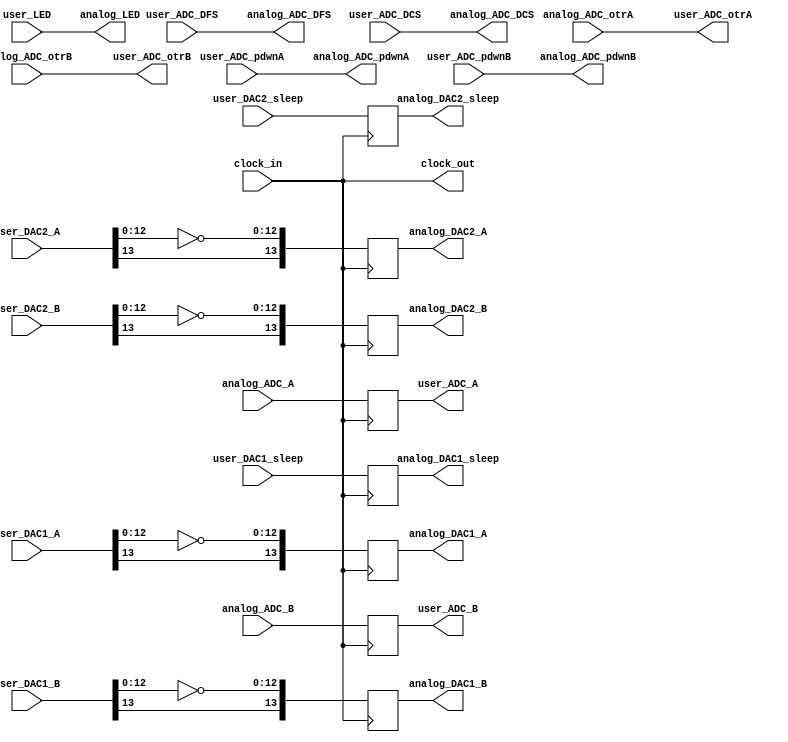
module analog_bridge
(
	clock_in,
	clock_out,
	user_DAC1_A,
	user_DAC1_B,
	user_DAC2_A,
	user_DAC2_B,
	user_DAC1_sleep,
	user_DAC2_sleep,
	user_ADC_A,
	user_ADC_B,
	user_ADC_DFS,
	user_ADC_DCS,
	user_ADC_pdwnA,
	user_ADC_pdwnB,
	user_ADC_otrA,
	user_ADC_otrB,
	user_LED,
	analog_DAC1_A,
	analog_DAC1_B,
	analog_DAC2_A,
	analog_DAC2_B,
	analog_DAC1_sleep,
	analog_DAC2_sleep,
	analog_ADC_A,
	analog_ADC_B,
	analog_ADC_DFS,
	analog_ADC_DCS,
	analog_ADC_pdwnA,
	analog_ADC_pdwnB,
	analog_ADC_otrA,
	analog_ADC_otrB,
	analog_LED
);
input	clock_in;
output	clock_out;
input [0:13] user_DAC1_A;
input [0:13] user_DAC1_B;
input [0:13] user_DAC2_A;
input [0:13] user_DAC2_B;
input user_DAC1_sleep;
input user_DAC2_sleep;
output [0:13] user_ADC_A;
output [0:13] user_ADC_B;
reg [0:13] user_ADC_A;
reg [0:13] user_ADC_B;
input user_ADC_DFS;
input user_ADC_DCS;
input user_ADC_pdwnA;
input user_ADC_pdwnB;
output user_ADC_otrA;
output user_ADC_otrB;
input [0:2] user_LED;
output [0:13] analog_DAC1_A;
output [0:13] analog_DAC1_B;
output [0:13] analog_DAC2_A;
output [0:13] analog_DAC2_B;
reg [0:13] analog_DAC1_A;
reg [0:13] analog_DAC1_B;
reg [0:13] analog_DAC2_A;
reg [0:13] analog_DAC2_B;
output analog_DAC1_sleep;
output analog_DAC2_sleep;
reg analog_DAC1_sleep;
reg analog_DAC2_sleep;
input [0:13] analog_ADC_A;
input [0:13] analog_ADC_B;
output analog_ADC_DFS;
output analog_ADC_DCS;
output analog_ADC_pdwnA;
output analog_ADC_pdwnB;
input analog_ADC_otrA;
input analog_ADC_otrB;
output [0:2] analog_LED;
wire [0:13] temp_analog_DAC1_A;
wire [0:13] temp_analog_DAC1_B;
wire [0:13] temp_analog_DAC2_A;
wire [0:13] temp_analog_DAC2_B;
assign clock_out = clock_in;
assign temp_analog_DAC1_A = user_DAC1_A[0:13];
assign temp_analog_DAC1_B = user_DAC1_B[0:13];
assign temp_analog_DAC2_A = user_DAC2_A[0:13];
assign temp_analog_DAC2_B = user_DAC2_B[0:13];
assign analog_ADC_DFS = user_ADC_DFS;
assign analog_ADC_DCS = user_ADC_DCS;
assign analog_ADC_pdwnA = user_ADC_pdwnA;
assign analog_ADC_pdwnB = user_ADC_pdwnB;
assign user_ADC_otrA = analog_ADC_otrA;
assign user_ADC_otrB = analog_ADC_otrB;
assign analog_LED = user_LED;
always @(posedge clock_in)
begin
	analog_DAC1_A <= {temp_analog_DAC1_A[0], ~temp_analog_DAC1_A[1:13]};
	analog_DAC1_B <= {temp_analog_DAC1_B[0], ~temp_analog_DAC1_B[1:13]};
	analog_DAC2_A <= {temp_analog_DAC2_A[0], ~temp_analog_DAC2_A[1:13]};
	analog_DAC2_B <= {temp_analog_DAC2_B[0], ~temp_analog_DAC2_B[1:13]};
	analog_DAC1_sleep <= user_DAC1_sleep;
	analog_DAC2_sleep <= user_DAC2_sleep;
	user_ADC_A <= analog_ADC_A;
	user_ADC_B <= analog_ADC_B;
end
endmodule